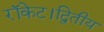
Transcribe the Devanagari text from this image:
रॉकेट।द्वितीय